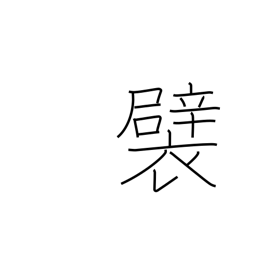
Meaning: tuck